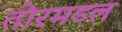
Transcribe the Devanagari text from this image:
तोरमडल